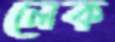
লেক